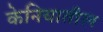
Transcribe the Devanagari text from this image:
केनियातील